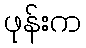
ဖုန်းက